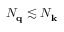
N _ { \mathbf { q } } \lesssim N _ { \mathbf { k } }